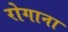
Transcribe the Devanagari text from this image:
रोगाना